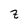
Character: z